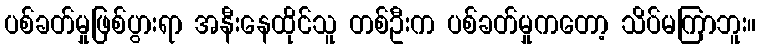
ပစ်ခတ်မှုဖြစ်ပွားရာ အနီးနေထိုင်သူ တစ်ဦးက ပစ်ခတ်မှုကတော့ သိပ်မကြာဘူး။